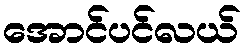
အောင်ပင်လယ်